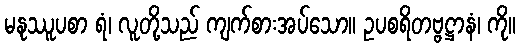
မနုဿူပစာ ရံ၊ လူတို့သည် ကျက်စားအပ်သော။ ဥပစရိတဗ္ဗဋ္ဌာနံ၊ ကို။